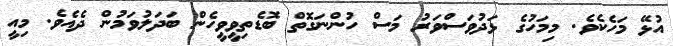
އުޅޭ މަހެކެވެ. މިމަހުގެ ޅަދުވަސްވަރު މަސް ހުންނަގޮތް ބޮޑެތިވީވީހެން ބަދަލުވަމުން ދެއެވެ. މިއީ